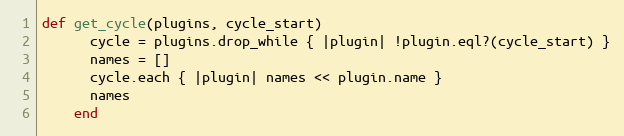
Language: Ruby
def get_cycle(plugins, cycle_start)
      cycle = plugins.drop_while { |plugin| !plugin.eql?(cycle_start) }
      names = []
      cycle.each { |plugin| names << plugin.name }
      names
    end